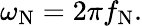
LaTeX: \omega_{\mathrm{N}}=2\pi f_{\mathrm{N}}.